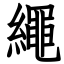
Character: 繩